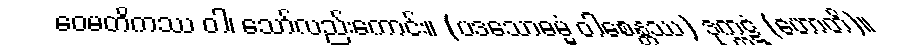
ဝေမတိကဿ ဝါ၊ သော်လည်းကောင်း။ (ပဒသောဓမ္မံ ဝါစေန္တဿ) ဒုက္ကဋံ (ဟောတိ)။